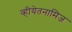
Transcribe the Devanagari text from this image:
व्हीयेतनामिज